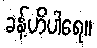
ခန့်ဟိပါရေ။